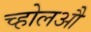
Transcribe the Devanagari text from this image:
च्होलऔ